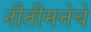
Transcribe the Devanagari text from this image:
नीतीमत्तेचे